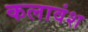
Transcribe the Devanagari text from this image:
कलावंश